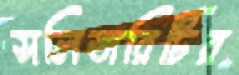
সলিডারিটির